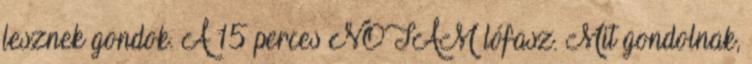
lesznek gondok. A 15 perces NOTAM lófasz. Mit gondolnak,